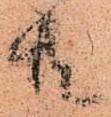
共